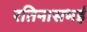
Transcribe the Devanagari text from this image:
रतिनासभई